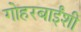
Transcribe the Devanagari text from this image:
गोहरबाईंशी